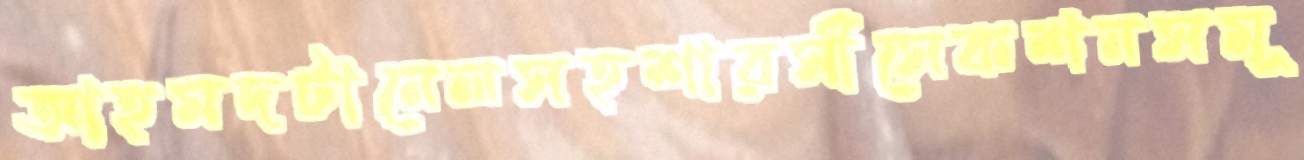
আহমদটানেলসহশারসীসেকশনসমূ